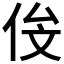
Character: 𬾄